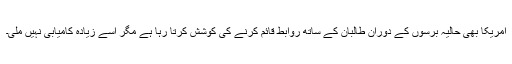
امریکا بھی حالیہ برسوں کے دوران طالبان کے ساتھ روابط قائم کرنے کی کوشش کرتا رہا ہے مگر اسے زیادہ کامیابی نہیں ملی۔